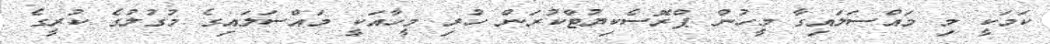
ކަމަކީ މި މައްސަލައިގާ މީހުން ޕްރޮސެކިޔުޓްކުރަން ހުރި މީހާއަކީ މައްސަލައިގެ މުގުލުގެ ކުރީގެ